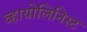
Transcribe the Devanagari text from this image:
व्हायोलिनिस्ट